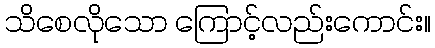
သိစေလိုသော ကြောင့်လည်းကောင်း။